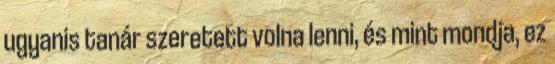
ugyanis tanár szeretett volna lenni, és mint mondja, ez